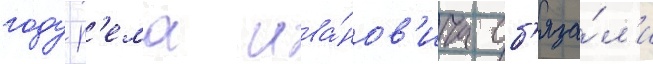
году р'ема ива́нов'ича об'яза́л'и